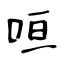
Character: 咺